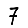
Digit: 7